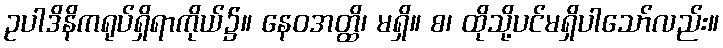
ဥပါဒိနိကရုပ်ရှိရာကိုယ်၌။ နေဝအတ္ထိ၊ မရှိ။ စ၊ ထိုသို့ပင်မရှိပါသော်လည်း။